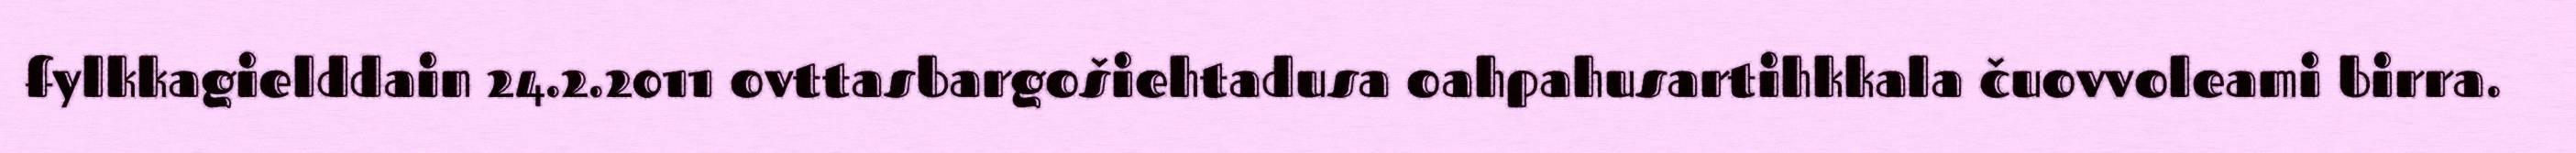
fylkkagielddain 24.2.2011 ovttasbargošiehtadusa oahpahusartihkkala čuovvoleami birra.